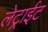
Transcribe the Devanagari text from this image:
लेट्राईट